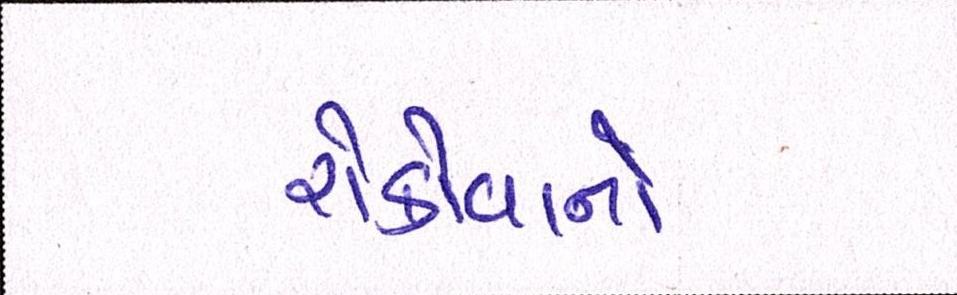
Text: રોકોવાનો